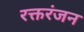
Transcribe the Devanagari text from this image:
रक्तरंजन